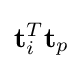
{\textbf {t}}_{i}^{T}{\textbf {t}}_{p}